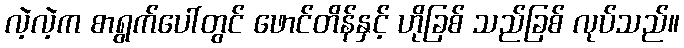
လဲ့လဲ့က စာရွက်ပေါ်တွင် ဖောင်တိန်နှင့် ဟိုခြစ် သည်ခြစ် လုပ်သည်။